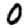
Digit: 0